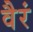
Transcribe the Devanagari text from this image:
वैरं